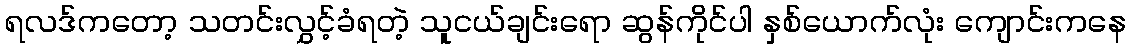
ရလဒ်ကတော့ သတင်းလွှင့်ခံရတဲ့ သူငယ်ချင်းရော ဆွန်ကိုင်ပါ နှစ်ယောက်လုံး ကျောင်းကနေ